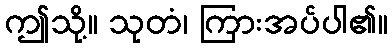
ဤသို့။ သုတံ၊ ကြားအပ်ပါ၏။